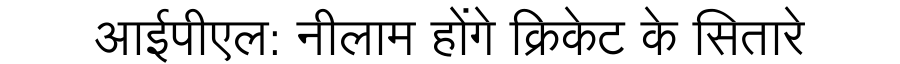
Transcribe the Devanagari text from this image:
आईपीएल: नीलाम होंगे क्रिकेट के सितारे